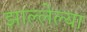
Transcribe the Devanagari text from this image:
झाल्लेल्या